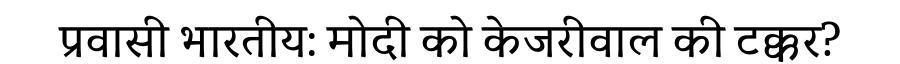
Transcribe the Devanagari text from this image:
प्रवासी भारतीय: मोदी को केजरीवाल की टक्कर?